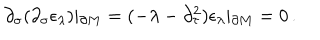
LaTeX: \partial _ { \sigma } ( \partial _ { \sigma } \epsilon _ { \lambda } ) \vert _ { \partial M } = ( - \lambda - \partial _ { \tau } ^ { 2 } ) \epsilon _ { \lambda } \vert _ { \partial M } = 0 \, .